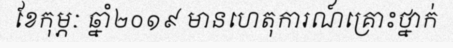
ខែកុម្ភៈ ឆ្នាំ២០១៩ មានហេតុការណ៍គ្រោះថ្នាក់